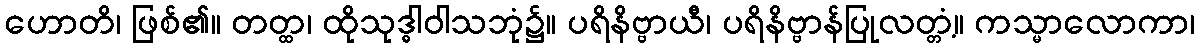
ဟောတိ၊ ဖြစ်၏။ တတ္ထ၊ ထိုသုဒ္ဓါဝါသဘုံ၌။ ပရိနိဗ္ဗာယီ၊ ပရိနိဗ္ဗာန်ပြုလတ္တံ့။ ကသ္မာလောကာ၊